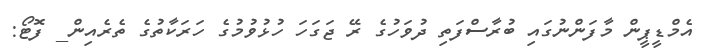
އެމްޑީޕީން މާފަންނުގައި ބުރާސްފަތި ދުވަހުގެ ރޭ ޖަގަހަ ހުޅުވުމުގެ ހަރަކާތުގެ ތެރެއިން_ ފޮޓޯ: